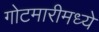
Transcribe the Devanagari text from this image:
गोटमारीमध्ये